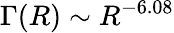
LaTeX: \Gamma(R)\sim R^{-6.08}